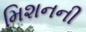
મિશનની